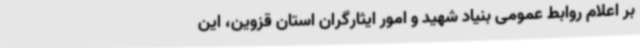
بر اعلام روابط عمومی بنیاد شهید و امور ایثارگران استان قزوین، این